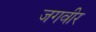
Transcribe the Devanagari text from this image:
जगवीर